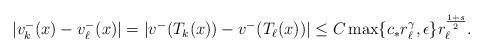
LaTeX: \begin{align*}|v_k^-(x)-v_\ell^-(x)|=|v^-(T_k(x))-v^-(T_\ell (x))|\leq C \max\{c_\ast r_\ell^{\gamma}, \epsilon\} r_\ell^{\frac{1+s}{2}}.\end{align*}